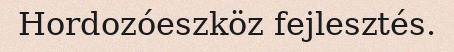
Hordozóeszköz fejlesztés.